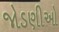
જોડણીઓ